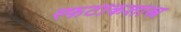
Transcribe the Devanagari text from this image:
स्फटीकशास्त्र